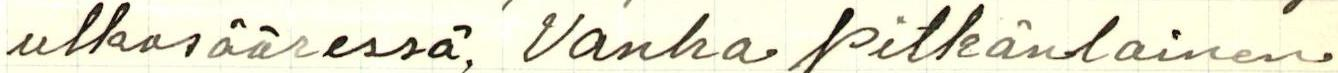
ulkosääressä. Vanha pitkänlainen